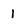
Character: 1